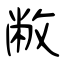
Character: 敝